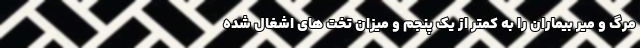
مرگ و میر بیماران را به کمتر از یک پنجم و میزان تخت های اشغال شده